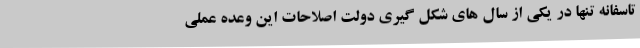
تاسفانه تنها در یکی از سال های شکل گیری دولت اصلاحات این وعده عملی